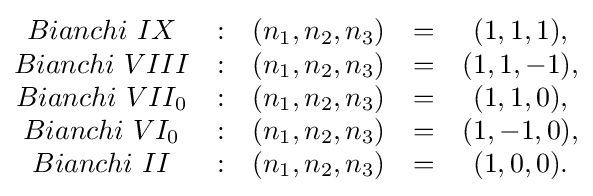
{\begin{matrix}Bianchi\ IX&:&(n_{1},n_{2},n_{3})&=&(1,1,1),\\Bianchi\ VIII&:&(n_{1},n_{2},n_{3})&=&(1,1,-1),\\Bianchi\ VII_{0}&:&(n_{1},n_{2},n_{3})&=&(1,1,0),\\Bianchi\ VI_{0}&:&(n_{1},n_{2},n_{3})&=&(1,-1,0),\\Bianchi\ II&:&(n_{1},n_{2},n_{3})&=&(1,0,0).\end{matrix}}